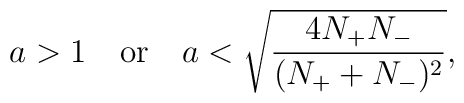
a>1\,\,\,\,\,\, {\rm or}\,\,\,\,\,\, a<\sqrt{4N_+N_-\over (N_++N_-)^2},